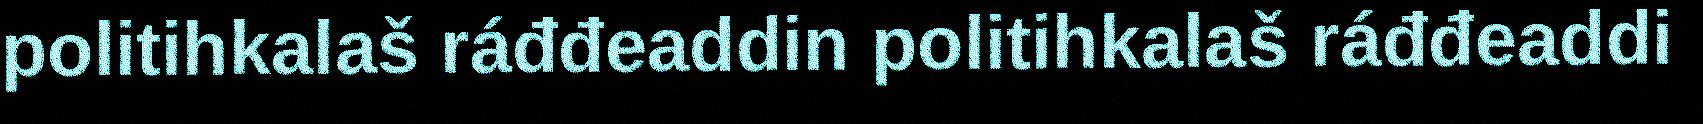
politihkalaš ráđđeaddin politihkalaš ráđđeaddi